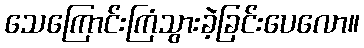
သေကြောင်းကြံသွားခဲ့ခြင်းပေလော။